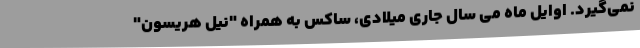
نمی‌گیرد. اوایل ماه می سال جاری میلادی، ساکس به همراه "نیل هریسون"